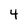
Character: 4